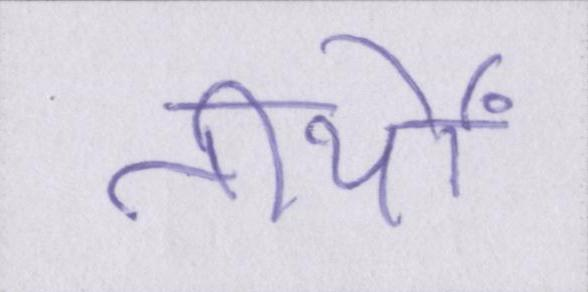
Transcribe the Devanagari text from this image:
तीर्थों